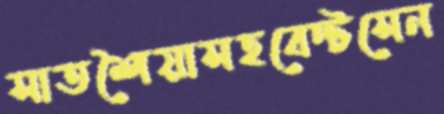
সাতশৈয়াসহবেন্টসেন